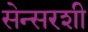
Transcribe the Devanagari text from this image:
सेन्सरशी